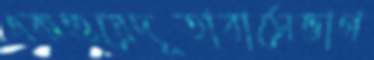
একগুয়েদূতাবাসেভাগ